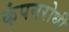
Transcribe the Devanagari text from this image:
कंपनरोधी